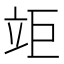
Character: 𥩰